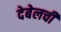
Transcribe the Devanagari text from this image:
देबेलची